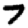
Digit: 7